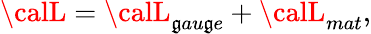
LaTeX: {\calL}={\calL}_{\mathfrak{g}au\mathfrak{g}e}+{\calL}_{mat},